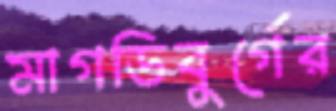
মাগডিবুর্গের